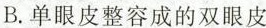
B.单眼皮整容成的双眼皮